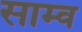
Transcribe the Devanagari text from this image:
साम्व